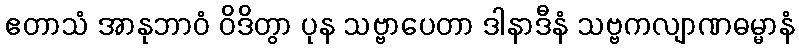
ဧတာသံ အာနုဘာဝံ ဝိဒိတွာ ပုန သဗ္ဗာပေတာ ဒါနာဒီနံ သဗ္ဗကလျာဏဓမ္မာနံ